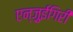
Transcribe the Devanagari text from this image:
एन्ज़ुईगिरी